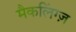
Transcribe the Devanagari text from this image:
मैकलिंग्ज़